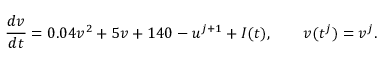
\frac { d v } { d t } = 0 . 0 4 v ^ { 2 } + 5 v + 1 4 0 - u ^ { j + 1 } + I ( t ) , \qquad v ( t ^ { j } ) = v ^ { j } .